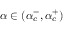
\alpha \in ( \alpha _ { c } ^ { - } , \alpha _ { c } ^ { + } )